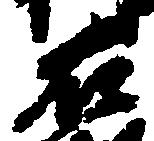
右